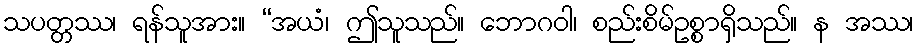
သပတ္တဿ၊ ရန်သူအား။ “အယံ၊ ဤသူသည်။ ဘောဂဝါ၊ စည်းစိမ်ဥစ္စာရှိသည်။ န အဿ၊